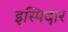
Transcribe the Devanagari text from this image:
इस्पिदार